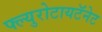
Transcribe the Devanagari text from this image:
फ्ल्युरोटायटॅनेट